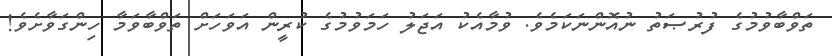
ތަވްބާވުމުގެ ފުރުޞަތު ނުއޮންނަކަމެވެ. ވުމާއެކު އަޖަލު ހަމަވުމުގެ ކުރީން އަވަހަށް ތަވްބާވަމާ ހިންގަވާށެވެ!